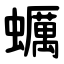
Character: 蠣